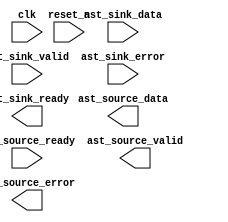
// Generated by FIR Compiler 9.1 [Altera, IP Toolbench 1.3.0 Build 222]
// ************************************************************
// THIS IS A WIZARD-GENERATED FILE. DO NOT EDIT THIS FILE!
// ************************************************************
// Copyright (C) 1991-2018 Altera Corporation
// Any megafunction design, and related net list (encrypted or decrypted),
// support information, device programming or simulation file, and any other
// associated documentation or information provided by Altera or a partner
// under Altera's Megafunction Partnership Program may be used only to
// program PLD devices (but not masked PLD devices) from Altera.  Any other
// use of such megafunction design, net list, support information, device
// programming or simulation file, or any other related documentation or
// information is prohibited for any other purpose, including, but not
// limited to modification, reverse engineering, de-compiling, or use with
// any other silicon devices, unless such use is explicitly licensed under
// a separate agreement with Altera or a megafunction partner.  Title to
// the intellectual property, including patents, copyrights, trademarks,
// trade secrets, or maskworks, embodied in any such megafunction design,
// net list, support information, device programming or simulation file, or
// any other related documentation or information provided by Altera or a
// megafunction partner, remains with Altera, the megafunction partner, or
// their respective licensors.  No other licenses, including any licenses
// needed under any third party's intellectual property, are provided herein.

module FIR_I (
	clk,
	reset_n,
	ast_sink_data,
	ast_sink_valid,
	ast_source_ready,
	ast_sink_error,
	ast_source_data,
	ast_sink_ready,
	ast_source_valid,
	ast_source_error);

	input		clk;
	input		reset_n;
	input	[19:0]	ast_sink_data;
	input		ast_sink_valid;
	input		ast_source_ready;
	input	[1:0]	ast_sink_error;
	output	[29:0]	ast_source_data;
	output		ast_sink_ready;
	output		ast_source_valid;
	output	[1:0]	ast_source_error;
endmodule